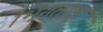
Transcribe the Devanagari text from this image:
भिनताक्ष